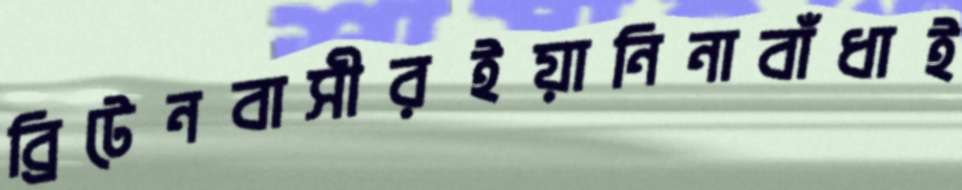
ব্রিটেনবাসীরইয়ানিনাবাঁধাই